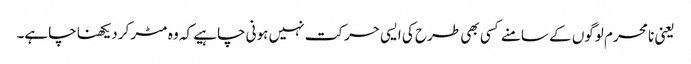
یعنی نا محرم لوگوں کے سامنے کسی بھی طرح کی ایسی حرکت نہیں ہونی چاہیے کہ وہ مٹر کر دیکھنا چاہے۔